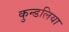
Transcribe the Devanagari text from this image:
कुन्डलिया